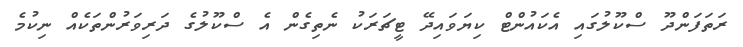
ރަތަފަންދޫ ސްކޫލުގައި އެކައުންޓް ކިޔަވައިދޭ ޓީޗަރަކު ނެތިގެން އެ ސްކޫލުގެ ދަރިވަރުންތަކެއް ނިކުމެ